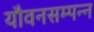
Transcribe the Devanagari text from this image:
यौवनसम्पन्न